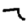
Digit: 7